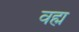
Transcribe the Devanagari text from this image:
वह्म